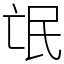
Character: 氓